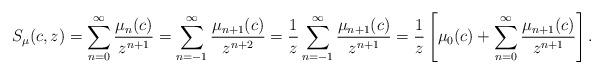
LaTeX: \begin{gather*}S_{\mu}(c,z) =\sum\limits_{n=0}^{\infty}\frac{\mu_{n}(c) }{z^{n+1}}=\sum\limits_{n=-1}^{\infty}\frac{\mu_{n+1}(c) }{z^{n+2}}=\frac{1}{z}\sum\limits_{n=-1}^{\infty}\frac{\mu_{n+1}(c) }{z^{n+1}} =\frac{1}{z}\left[ \mu_{0}(c) +\sum\limits_{n=0}^{\infty}\frac{\mu_{n+1}(c) }{z^{n+1}}\right] .\end{gather*}